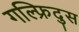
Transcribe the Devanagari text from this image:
गल्फ्रिदुस